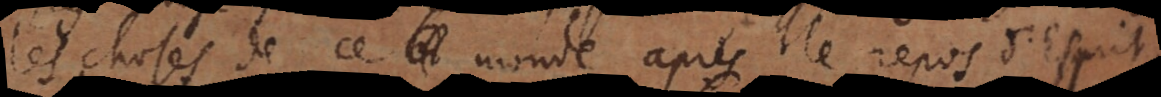
les choses de ce monde après le repos d’Esprit,